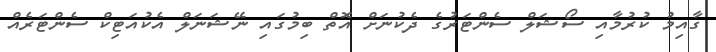
ގާއިމު ކުރުމާއި ސޯޝަލް ސެންޓަރުގެ ދެކުނަށް އޮތް ބިމުގައި ނޭޝަނަލް އެކުއަޓިކް ސެންޓަރެއް